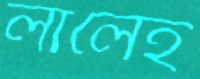
লালেহ